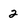
Character: 2